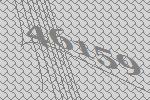
46159